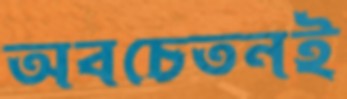
অবচেতনই